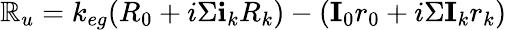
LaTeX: \mathbb{R}_{u}=k_{eg}(R_{0}+i\Sigma\textbf{i}_{k}R_{k})-(\textbf{I}_{0}r_{0}+i\Sigma\textbf{I}_{k}r_{k})